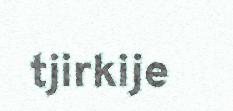
tjirkije